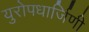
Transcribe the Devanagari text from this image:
युरोपधार्जिणी